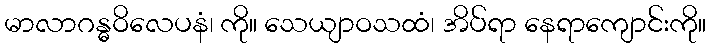
မာလာဂန္ဓဝိလေပနံ၊ ကို။ သေယျာဝသထံ၊ အိပ်ရာ နေရာကျောင်းကို။